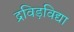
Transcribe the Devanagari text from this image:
द्रविड़विद्या